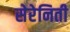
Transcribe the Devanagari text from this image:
सेरेनिती